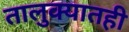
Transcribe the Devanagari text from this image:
तालुक्‍यातही